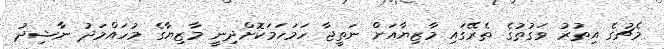
މެޗުގެ އިތުރު ވަގުތުގެ ތެރޭގައި މާޒިޔާއަށް ނަތީޖާ ހަމަހަމަކޮށްދިނީ މާޒިޔާގެ މުހައްމަދު ނާޝިދު